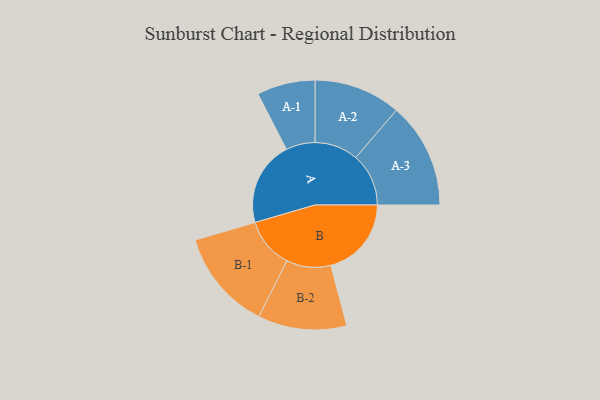
{"axis": {"x": "Segment", "y": "Value"}, "legend": ["", "A", "B"], "data": [{"x": "A", "y": 471, "type": ""}, {"x": "B", "y": 448, "type": ""}, {"x": "A-1", "y": 162, "type": "A"}, {"x": "A-2", "y": 242, "type": "A"}, {"x": "A-3", "y": 294, "type": "A"}, {"x": "B-1", "y": 280, "type": "B"}, {"x": "B-2", "y": 247, "type": "B"}]}